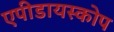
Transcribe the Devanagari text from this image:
एपीडायस्कोप